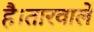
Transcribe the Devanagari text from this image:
है।तारवाले